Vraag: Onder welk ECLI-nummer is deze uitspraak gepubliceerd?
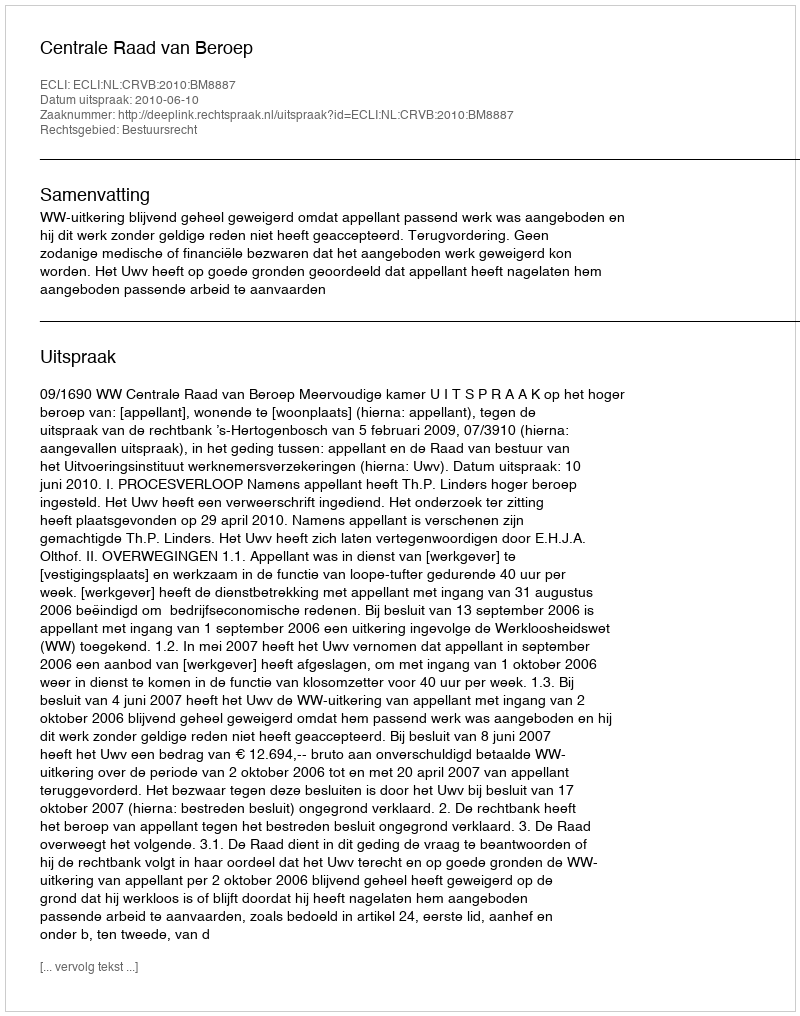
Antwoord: ECLI:NL:CRVB:2010:BM8887